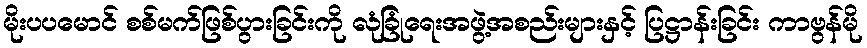
မိုးပပမောင် စစ်မက်ဖြစ်ပွားခြင်းကို လုံခြုံရေးအဖွဲ့အစည်းများနှင့် ပြဋ္ဌာန်းခြင်း ကာဗွန်မို